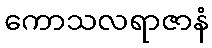
ကောသလရာဇာနံ